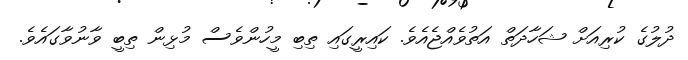
ދުލުގެ ކުރިއަށް ޝަހާދަތް އަތުވެއްޖެއެވެ. ކައިރީގައި ތިބި މީހުންވެސް މުޅިން ތިބީ ވާނުވާގައެވެ.